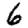
Digit: 6